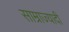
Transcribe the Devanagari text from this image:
साम्राज्यादी